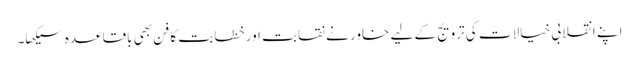
اپنے انقلابی خیالات کی ترویج کے لیے خاور نے نقابت اور خطابت کا فن بھی باقاعدہ سیکھا۔